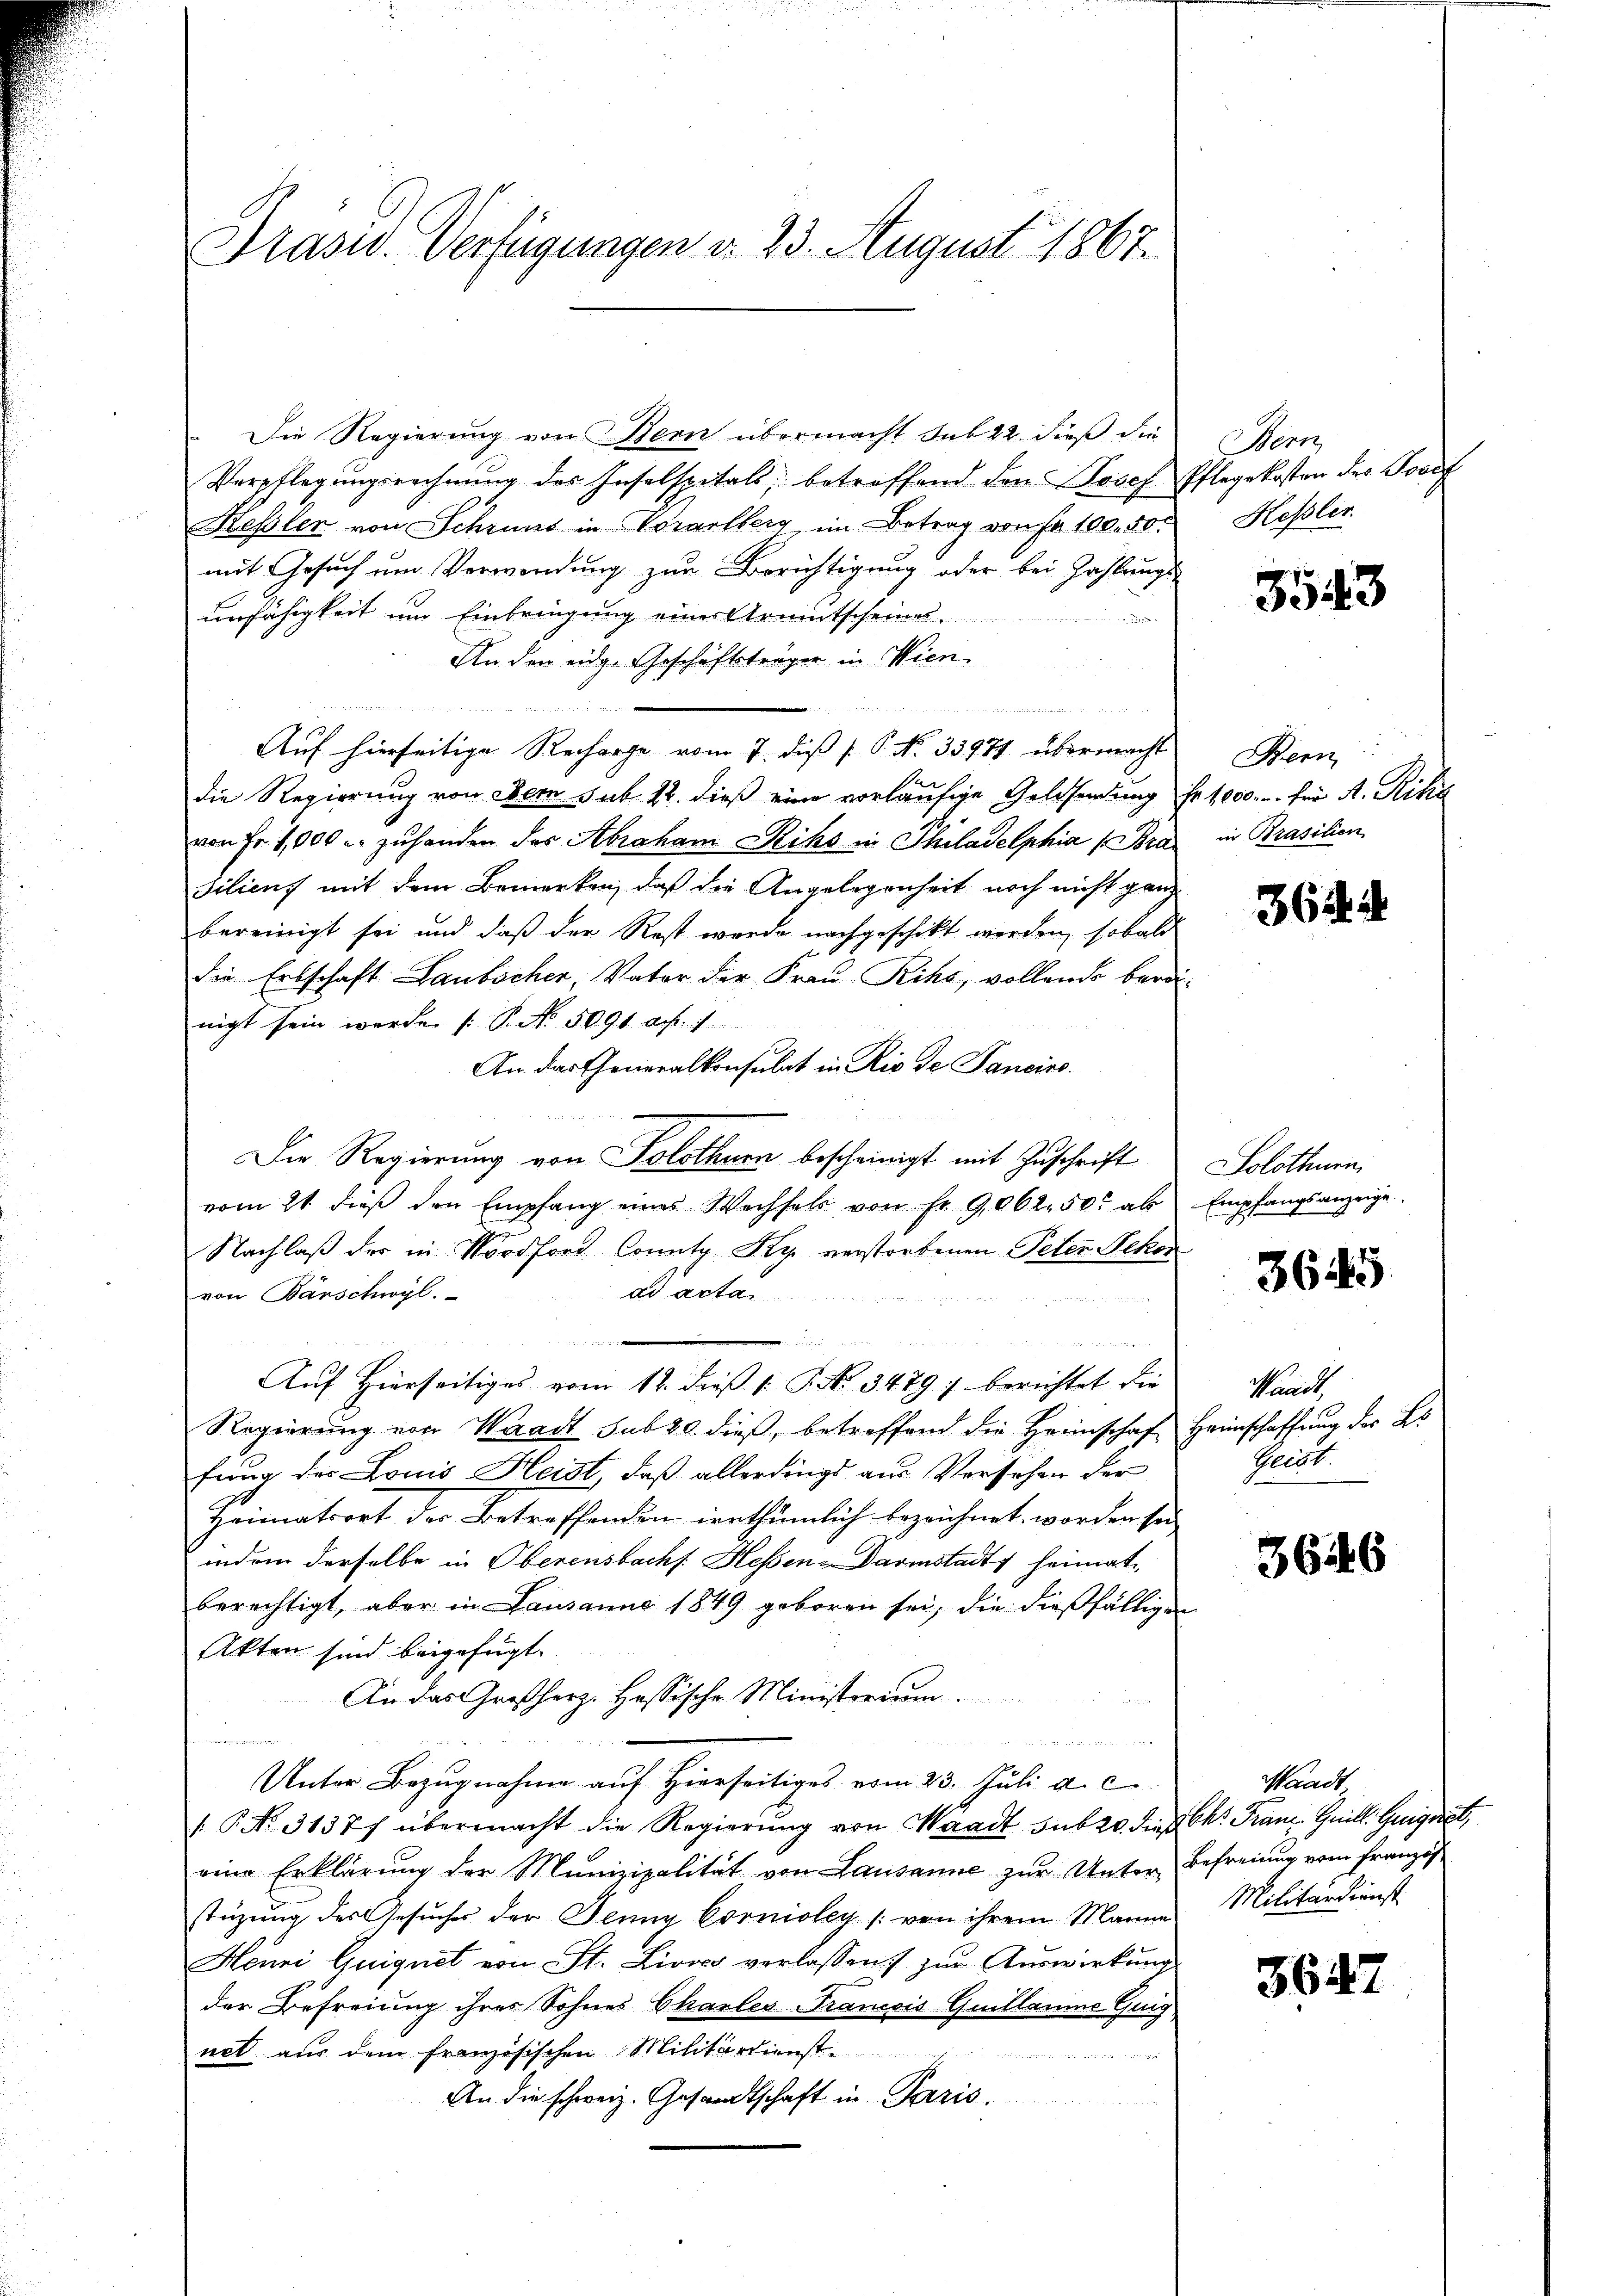
Präsid. Verfügungen d. 23. August 1867.

Die Regierung von Bern übermacht sub 22 dieß die
Verpflegungsrechnung des Inselspitals, betreffend den Josef Pflegekosten der Josef
Kessler von Schraus in Vorarlberg, im Betrag von No 100. 50
mit Gesuch um Verwendung zur Berichtigung oder bei Zahlungs
unfähigkeit um Einbringung eines Armutscheines
Ander eide Geschäftsträger in Wien.
u
.
 er
Auf hierseitige Recharge vom 7. dieß P. No. 33971 übermacht
die Regierung von dem sub. 22. dieß eine vorläufige Geldsendung fr. 1000.- für A. Rike
von Fr. 1,000 u. zŭ handen das Abraham Rihs in Philadelphia (Bra in Prasilien
siliens mit dem Bemerken, daß die Angelegenheit noch nicht ganz
bereinigt sei und daß der Rest werde nachgeschickt werden, sobald
die Erbschaft Laubscher, Vater der Frau Rihs, vollends bardinigt sein werde (: P. No. 5091. d. 7.
An das Generalkonsulat in Rio de Sancins.
Die Regierung von Solothurn bescheinigt mit Zuschrift
vom 21. dieβ den Empfang eines Wechsels von Fr. 9062. 50. als Empfangsanzeige.
Nachlaß der in Nordford Connty Ky verstorbenen Peter Rekon
ad actan
von Barschwyl.
e
u
Aŭf Hierseitiges vom 12. dieβ (: P. Nr. 3479 : berichtet die
Regierung von Waadt sub 20. dieß, betreffend die Heimschaft Heimschaffung der Bs
fung des Louis Heist, daß allerdings aus Versehen der
Heimatsort der Betreffenden irrthümlich bezeichnet worden sei
indem derselbe in Oberensbachs. Hessen-Darmstadt, heimat
berechtigt, aber in Lausanno 1849 geboren sei, die dießfälligen
Akten sind beigefügt.
An das Großherz- Hassische Ministorium.
.
Unter Bezŭgnahme aŭf hierseitiges vom 23. Juli d. c
 P. No. 31377 übermacht die Regierŭng von Waadt sub 20. dieß Chr. Franz Heill. Gege
eine Erklärŭng der Munizipalität von Lausanne zŭr Unter Befreiung vom Französ
stüzung des Gesŭches der Jenny Corniolen (von ihrem Marine Militärdienst
Henni Guignet von St. Livos verlassen, zur Auswirkung
der Befreiung ihres Sohnes Charler Francois Guillaume Guig
net aus dem französischen Militärdienst-

An die schweiz. Gesandtschaft in Paris.

Hern
Hessler.

3543

Bern

364. 4

Solothurn

3645

Waadt,
Geist.

3646

Waadt

364.